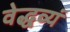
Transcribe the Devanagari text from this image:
वेद्धव्यं